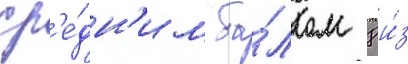
ср'е́дн'им ба́ллом 8 и́з